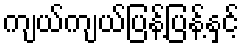
ကျယ်ကျယ်ပြန့်ပြန့်နှင့်